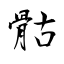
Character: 骷